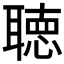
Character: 聴